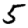
Digit: 5